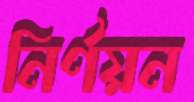
নির্ণয়ন